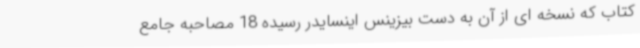
کتاب که نسخه ای از آن به دست بیزینس اینسایدر رسیده 18 مصاحبه جامع